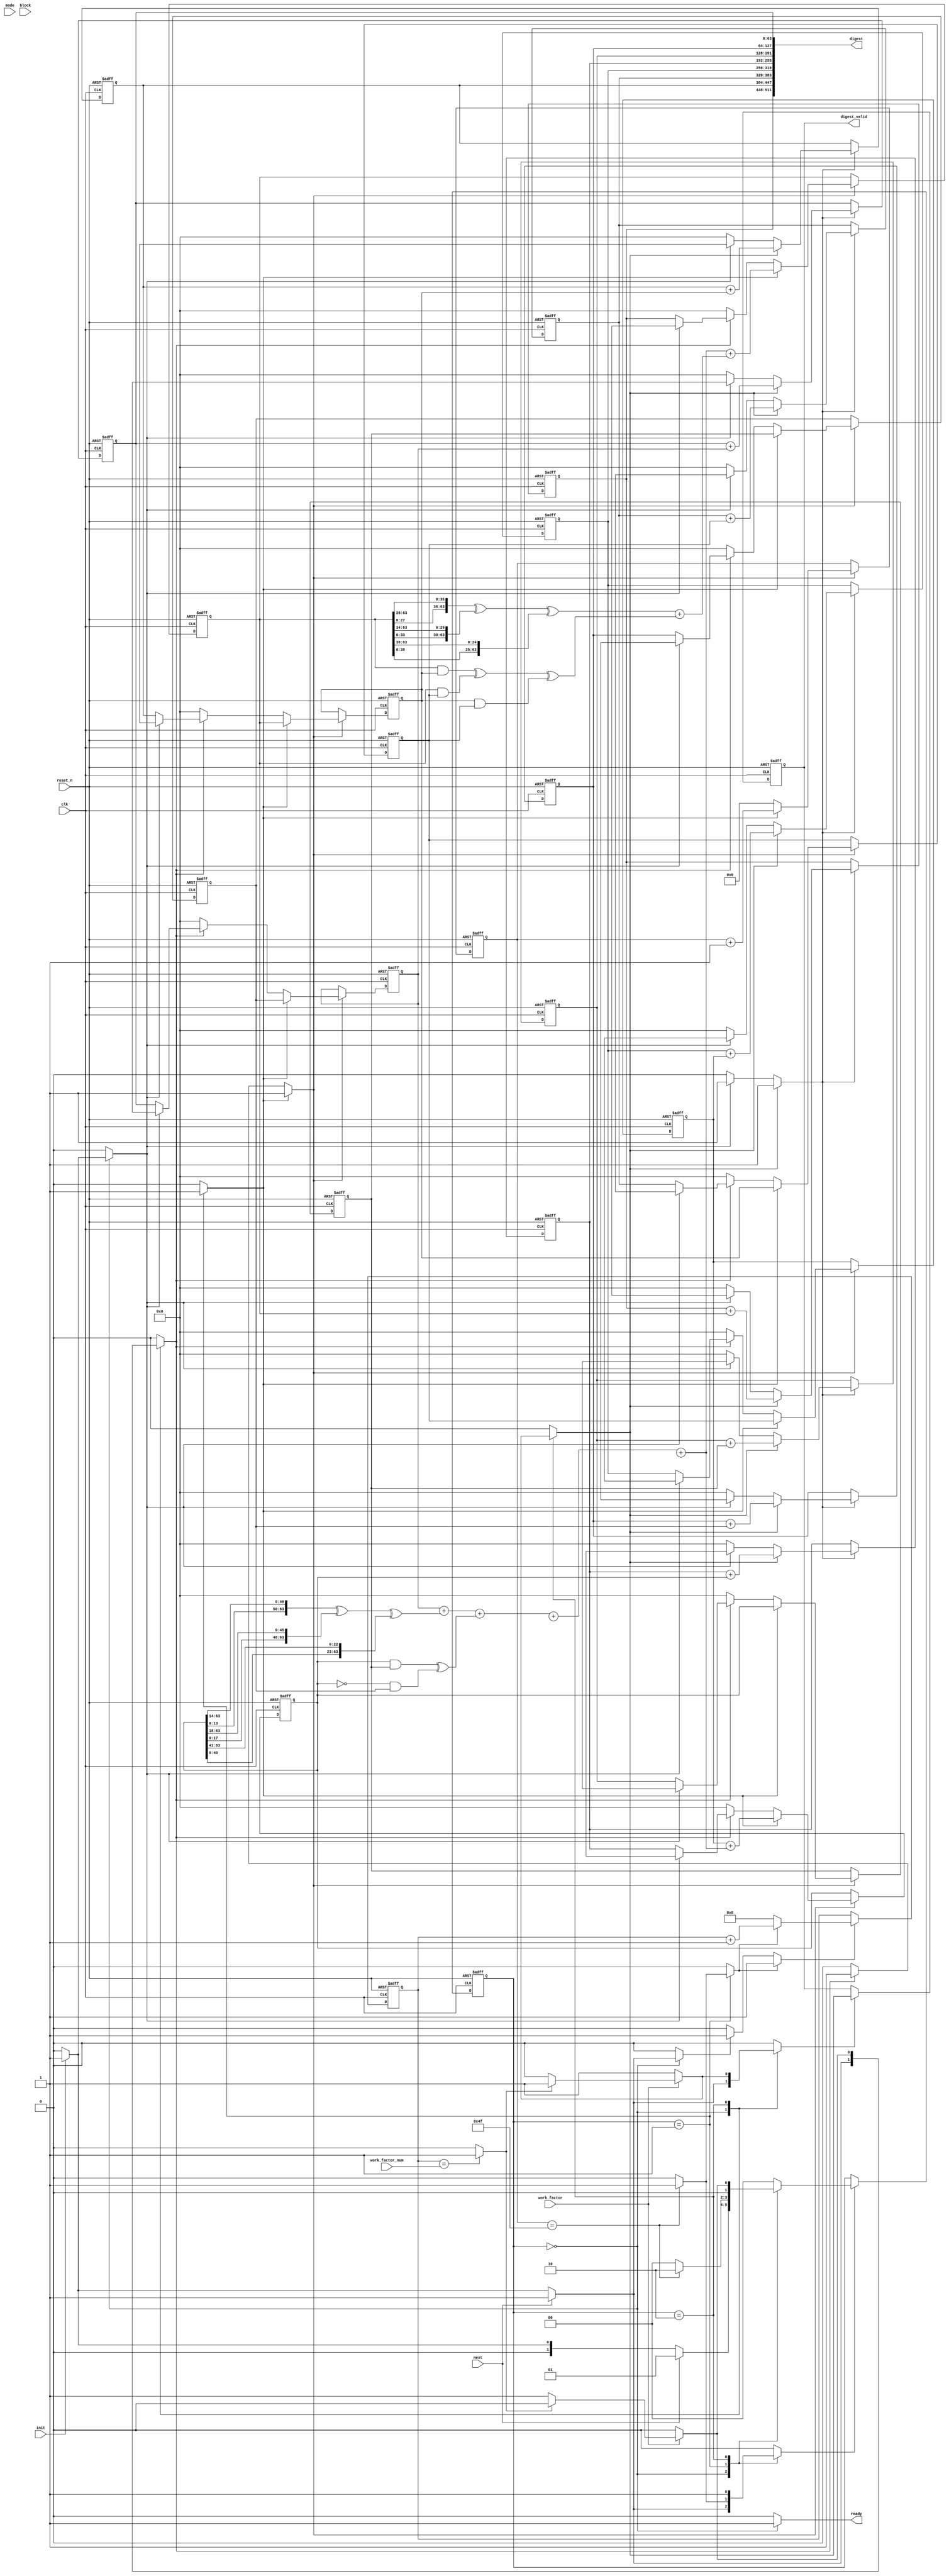
module sha3_core(
                   input wire            clk,
                   input wire            reset_n,

                   input wire            init,
                   input wire            next,
                   input wire [1 : 0]    mode,

                   input wire            work_factor,
                   input wire [31 : 0]   work_factor_num,

                   input wire [1023 : 0] block,

                   output wire           ready,
                   output wire [511 : 0] digest,
                   output wire           digest_valid
                  );


  //----------------------------------------------------------------
  // Internal constant and parameter definitions.
  //----------------------------------------------------------------
  parameter SHA512_ROUNDS = 79;

  parameter CTRL_IDLE   = 0;
  parameter CTRL_ROUNDS = 1;
  parameter CTRL_DONE   = 2;


  //----------------------------------------------------------------
  // Registers including update variables and write enable.
  //----------------------------------------------------------------
  reg [63 : 0] a_reg;
  reg [63 : 0] a_new;
  reg [63 : 0] b_reg;
  reg [63 : 0] b_new;
  reg [63 : 0] c_reg;
  reg [63 : 0] c_new;
  reg [63 : 0] d_reg;
  reg [63 : 0] d_new;
  reg [63 : 0] e_reg;
  reg [63 : 0] e_new;
  reg [63 : 0] f_reg;
  reg [63 : 0] f_new;
  reg [63 : 0] g_reg;
  reg [63 : 0] g_new;
  reg [63 : 0] h_reg;
  reg [63 : 0] h_new;
  reg          a_h_we;

  reg [63 : 0] H0_reg;
  reg [63 : 0] H0_new;
  reg [63 : 0] H1_reg;
  reg [63 : 0] H1_new;
  reg [63 : 0] H2_reg;
  reg [63 : 0] H2_new;
  reg [63 : 0] H3_reg;
  reg [63 : 0] H3_new;
  reg [63 : 0] H4_reg;
  reg [63 : 0] H4_new;
  reg [63 : 0] H5_reg;
  reg [63 : 0] H5_new;
  reg [63 : 0] H6_reg;
  reg [63 : 0] H6_new;
  reg [63 : 0] H7_reg;
  reg [63 : 0] H7_new;
  reg          H_we;

  reg [6 : 0] t_ctr_reg;
  reg [6 : 0] t_ctr_new;
  reg         t_ctr_we;
  reg         t_ctr_inc;
  reg         t_ctr_rst;

  reg [31 : 0] work_factor_ctr_reg;
  reg [31 : 0] work_factor_ctr_new;
  reg          work_factor_ctr_rst;
  reg          work_factor_ctr_inc;
  reg          work_factor_ctr_done;
  reg          work_factor_ctr_we;

  reg digest_valid_reg;
  reg digest_valid_new;
  reg digest_valid_we;

  reg [1 : 0] sha512_ctrl_reg;
  reg [1 : 0] sha512_ctrl_new;
  reg         sha512_ctrl_we;


  //----------------------------------------------------------------
  // Wires.
  //----------------------------------------------------------------
  reg digest_init;
  reg digest_update;

  reg state_init;
  reg state_update;

  reg first_block;

  reg ready_flag;

  reg [63 : 0] t1;
  reg [63 : 0] t2;

  wire [63 : 0] k_data;

  reg           w_init;
  reg           w_next;
  wire [63 : 0] w_data;

  wire [63 : 0] H0_0;
  wire [63 : 0] H0_1;
  wire [63 : 0] H0_2;
  wire [63 : 0] H0_3;
  wire [63 : 0] H0_4;
  wire [63 : 0] H0_5;
  wire [63 : 0] H0_6;
  wire [63 : 0] H0_7;


  //----------------------------------------------------------------
  // Module instantiantions.
  //----------------------------------------------------------------


  //----------------------------------------------------------------
  // Concurrent connectivity for ports etc.
  //----------------------------------------------------------------
  assign ready = ready_flag;

  assign digest = {H0_reg, H1_reg, H2_reg, H3_reg,
                   H4_reg, H5_reg, H6_reg, H7_reg};

  assign digest_valid = digest_valid_reg;


  //----------------------------------------------------------------
  // reg_update
  // Update functionality for all registers in the core.
  // All registers are positive edge triggered with asynchronous
  // active low reset. All registers have write enable.
  //----------------------------------------------------------------
  always @ (posedge clk or negedge reset_n)
    begin : reg_update
      if (!reset_n)
        begin
          a_reg               <= 64'h0000000000000000;
          b_reg               <= 64'h0000000000000000;
          c_reg               <= 64'h0000000000000000;
          d_reg               <= 64'h0000000000000000;
          e_reg               <= 64'h0000000000000000;
          f_reg               <= 64'h0000000000000000;
          g_reg               <= 64'h0000000000000000;
          h_reg               <= 64'h0000000000000000;
          H0_reg              <= 64'h0000000000000000;
          H1_reg              <= 64'h0000000000000000;
          H2_reg              <= 64'h0000000000000000;
          H3_reg              <= 64'h0000000000000000;
          H4_reg              <= 64'h0000000000000000;
          H5_reg              <= 64'h0000000000000000;
          H6_reg              <= 64'h0000000000000000;
          H7_reg              <= 64'h0000000000000000;
          work_factor_ctr_reg <= 32'h00000000;
          digest_valid_reg    <= 0;
          t_ctr_reg           <= 7'h00;
          sha512_ctrl_reg     <= CTRL_IDLE;
        end
      else
        begin

          if (a_h_we)
            begin
              a_reg <= a_new;
              b_reg <= b_new;
              c_reg <= c_new;
              d_reg <= d_new;
              e_reg <= e_new;
              f_reg <= f_new;
              g_reg <= g_new;
              h_reg <= h_new;
            end

          if (H_we)
            begin
              H0_reg <= H0_new;
              H1_reg <= H1_new;
              H2_reg <= H2_new;
              H3_reg <= H3_new;
              H4_reg <= H4_new;
              H5_reg <= H5_new;
              H6_reg <= H6_new;
              H7_reg <= H7_new;
            end

          if (t_ctr_we)
            begin
              t_ctr_reg <= t_ctr_new;
            end

          if (work_factor_ctr_we)
            begin
              work_factor_ctr_reg <= work_factor_ctr_new;
            end

          if (digest_valid_we)
            begin
              digest_valid_reg <= digest_valid_new;
            end

          if (sha512_ctrl_we)
            begin
              sha512_ctrl_reg <= sha512_ctrl_new;
            end
        end
    end // reg_update


  //----------------------------------------------------------------
  // digest_logic
  //
  // The logic needed to init as well as update the digest.
  //----------------------------------------------------------------
  always @*
    begin : digest_logic
      H0_new = 64'h00000000;
      H1_new = 64'h00000000;
      H2_new = 64'h00000000;
      H3_new = 64'h00000000;
      H4_new = 64'h00000000;
      H5_new = 64'h00000000;
      H6_new = 64'h00000000;
      H7_new = 64'h00000000;
      H_we = 0;

      if (digest_init)
        begin
          H0_new = H0_0;
          H1_new = H0_1;
          H2_new = H0_2;
          H3_new = H0_3;
          H4_new = H0_4;
          H5_new = H0_5;
          H6_new = H0_6;
          H7_new = H0_7;
          H_we = 1;
        end

      if (digest_update)
        begin
          H0_new = H0_reg + a_reg;
          H1_new = H1_reg + b_reg;
          H2_new = H2_reg + c_reg;
          H3_new = H3_reg + d_reg;
          H4_new = H4_reg + e_reg;
          H5_new = H5_reg + f_reg;
          H6_new = H6_reg + g_reg;
          H7_new = H7_reg + h_reg;
          H_we = 1;
        end
    end // digest_logic


  //----------------------------------------------------------------
  // t1_logic
  //
  // The logic for the T1 function.
  //----------------------------------------------------------------
  always @*
    begin : t1_logic
      reg [63 : 0] sum1;
      reg [63 : 0] ch;

      sum1 = {e_reg[13 : 0], e_reg[63 : 14]} ^
             {e_reg[17 : 0], e_reg[63 : 18]} ^
             {e_reg[40 : 0], e_reg[63 : 41]};

      ch = (e_reg & f_reg) ^ ((~e_reg) & g_reg);

      t1 = h_reg + sum1 + ch + k_data + w_data;
    end // t1_logic


  //----------------------------------------------------------------
  // t2_logic
  //
  // The logic for the T2 function
  //----------------------------------------------------------------
  always @*
    begin : t2_logic
      reg [63 : 0] sum0;
      reg [63 : 0] maj;

      sum0 = {a_reg[27 : 0], a_reg[63 : 28]} ^
             {a_reg[33 : 0], a_reg[63 : 34]} ^
             {a_reg[38 : 0], a_reg[63 : 39]};

      maj = (a_reg & b_reg) ^ (a_reg & c_reg) ^ (b_reg & c_reg);

      t2 = sum0 + maj;
    end // t2_logic


  //----------------------------------------------------------------
  // state_logic
  //
  // The logic needed to init as well as update the state during
  // round processing.
  //----------------------------------------------------------------
  always @*
    begin : state_logic
      a_new  = 64'h00000000;
      b_new  = 64'h00000000;
      c_new  = 64'h00000000;
      d_new  = 64'h00000000;
      e_new  = 64'h00000000;
      f_new  = 64'h00000000;
      g_new  = 64'h00000000;
      h_new  = 64'h00000000;
      a_h_we = 0;

      if (state_init)
        begin
          if (first_block)
            begin
              a_new  = H0_0;
              b_new  = H0_1;
              c_new  = H0_2;
              d_new  = H0_3;
              e_new  = H0_4;
              f_new  = H0_5;
              g_new  = H0_6;
              h_new  = H0_7;
              a_h_we = 1;
            end
          else
            begin
              a_new  = H0_reg;
              b_new  = H1_reg;
              c_new  = H2_reg;
              d_new  = H3_reg;
              e_new  = H4_reg;
              f_new  = H5_reg;
              g_new  = H6_reg;
              h_new  = H7_reg;
              a_h_we = 1;
            end
        end

      if (state_update)
        begin
          a_new  = t1 + t2;
          b_new  = a_reg;
          c_new  = b_reg;
          d_new  = c_reg;
          e_new  = d_reg + t1;
          f_new  = e_reg;
          g_new  = f_reg;
          h_new  = g_reg;
          a_h_we = 1;
        end
    end // state_logic


  //----------------------------------------------------------------
  // t_ctr
  //
  // Update logic for the round counter, a monotonically
  // increasing counter with reset.
  //----------------------------------------------------------------
  always @*
    begin : t_ctr
      t_ctr_new = 7'h00;
      t_ctr_we  = 0;

      if (t_ctr_rst)
        begin
          t_ctr_new = 7'h00;
          t_ctr_we  = 1;
        end

      if (t_ctr_inc)
        begin
          t_ctr_new = t_ctr_reg + 1'b1;
          t_ctr_we  = 1;
        end
    end // t_ctr


  //----------------------------------------------------------------
  // work_factor_ctr
  //
  // Work factor counter logic.
  //----------------------------------------------------------------
  always @*
    begin : work_factor_ctr
      work_factor_ctr_new  = 32'h00000000;
      work_factor_ctr_we   = 0;
      work_factor_ctr_done = 0;

      if (work_factor_ctr_reg == work_factor_num)
        begin
          work_factor_ctr_done = 1;
        end

      if (work_factor_ctr_rst)
        begin
          work_factor_ctr_new  = 32'h00000000;
          work_factor_ctr_we   = 1;
        end

      if (work_factor_ctr_inc)
        begin
          work_factor_ctr_new  = work_factor_ctr_reg + 1'b1;
          work_factor_ctr_we   = 1;
        end
    end // work_factor_ctr


  //----------------------------------------------------------------
  // sha512_ctrl_fsm
  //
  // Logic for the state machine controlling the core behaviour.
  //----------------------------------------------------------------
  always @*
    begin : sha512_ctrl_fsm
      digest_init         = 0;
      digest_update       = 0;

      state_init          = 0;
      state_update        = 0;

      first_block         = 0;
      ready_flag          = 0;

      w_init              = 0;
      w_next              = 0;

      t_ctr_inc           = 0;
      t_ctr_rst           = 0;

      digest_valid_new    = 0;
      digest_valid_we     = 0;

      work_factor_ctr_rst = 0;
      work_factor_ctr_inc = 0;

      sha512_ctrl_new     = CTRL_IDLE;
      sha512_ctrl_we      = 0;


      case (sha512_ctrl_reg)
        CTRL_IDLE:
          begin
            ready_flag = 1;

            if (init)
              begin
                work_factor_ctr_rst = 1;
                digest_init         = 1;
                w_init              = 1;
                state_init          = 1;
                first_block         = 1;
                t_ctr_rst           = 1;
                digest_valid_new    = 0;
                digest_valid_we     = 1;
                sha512_ctrl_new     = CTRL_ROUNDS;
                sha512_ctrl_we      = 1;
              end

            if (next)
              begin
                work_factor_ctr_rst = 1;
                w_init              = 1;
                state_init          = 1;
                t_ctr_rst           = 1;
                digest_valid_new    = 0;
                digest_valid_we     = 1;
                sha512_ctrl_new     = CTRL_ROUNDS;
                sha512_ctrl_we      = 1;
              end
          end


        CTRL_ROUNDS:
          begin
            w_next       = 1;
            state_update = 1;
            t_ctr_inc    = 1;

            if (t_ctr_reg == SHA512_ROUNDS)
              begin
                work_factor_ctr_inc = 1;
                sha512_ctrl_new     = CTRL_DONE;
                sha512_ctrl_we      = 1;
              end
          end


        CTRL_DONE:
          begin
            if (work_factor)
              begin
                if (!work_factor_ctr_done)
                  begin
                    w_init              = 1;
                    state_init          = 1;
                    t_ctr_rst           = 1;
                    sha512_ctrl_new     = CTRL_ROUNDS;
                    sha512_ctrl_we      = 1;
                  end
                else
                  begin
                    digest_update    = 1;
                    digest_valid_new = 1;
                    digest_valid_we  = 1;
                    sha512_ctrl_new  = CTRL_IDLE;
                    sha512_ctrl_we   = 1;
                  end
              end
            else
              begin
                digest_update    = 1;
                digest_valid_new = 1;
                digest_valid_we  = 1;
                sha512_ctrl_new  = CTRL_IDLE;
                sha512_ctrl_we   = 1;
              end
          end
      endcase // case (sha512_ctrl_reg)
    end // sha512_ctrl_fsm

endmodule